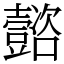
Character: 𡄻